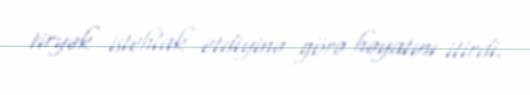
tiryək istehlak etdiyinə görə həyatını itirdi.